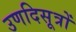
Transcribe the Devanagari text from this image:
उणदिसूत्रों